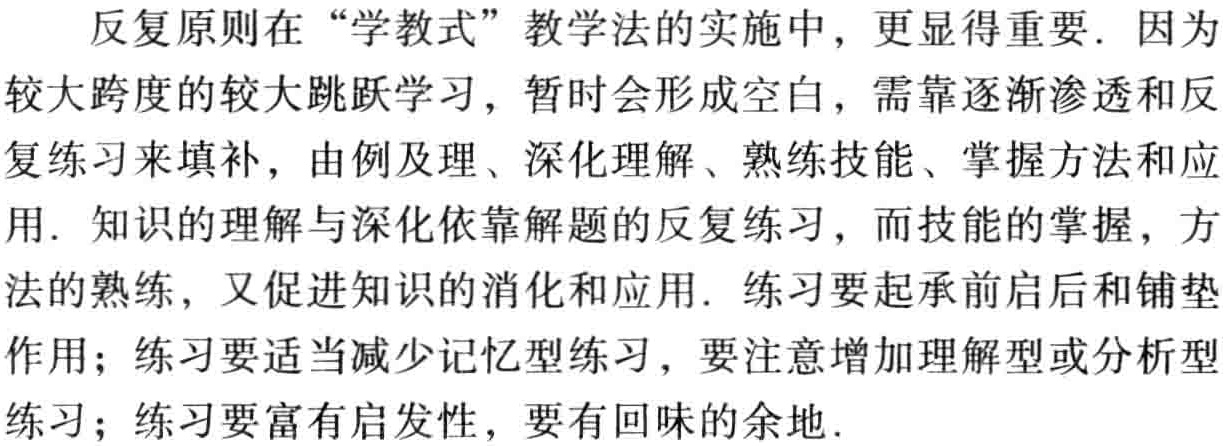
反复原则在“学教式”教学法的实施中，更显得重要. 因为较大跨度的较大跳跃学习，暂时会形成空白，需靠逐渐渗透和反复练习来填补，由例及理、深化理解、熟练技能、掌握方法和应用. 知识的理解与深化依靠解题的反复练习，而技能的掌握，方法的熟练，又促进知识的消化和应用. 练习要起承前启后和铺垫作用；练习要适当减少记忆型练习，要注意增加理解型或分析型练习；练习要富有启发性，要有回味的余地.